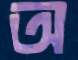
অ